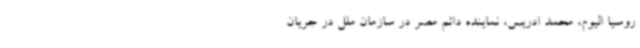
روسیا الیوم، محمد ادریس، نماینده دائم مصر در سازمان ملل در جریان